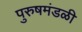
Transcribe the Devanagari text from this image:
पुरुषमंडळी